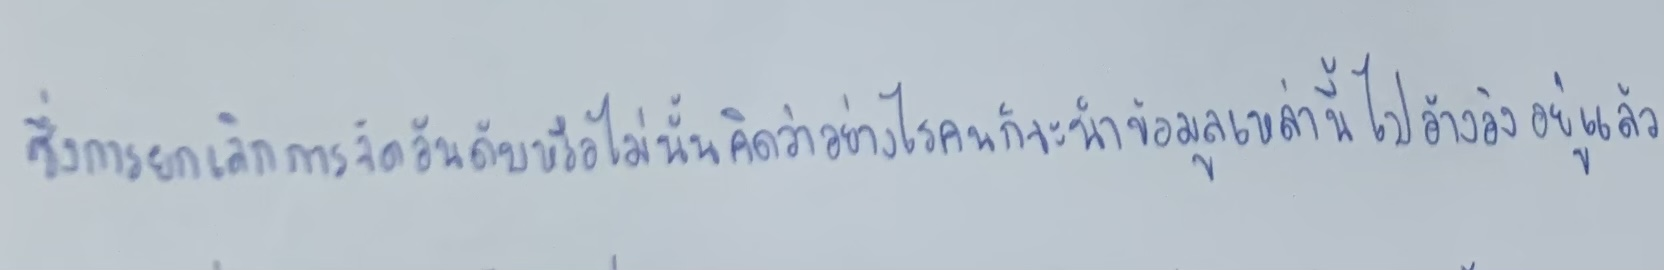
ซึ่งการยกเลิกการจัดอันดับหรือไม่นั้นคิดว่าถึงอย่างไรคนก็จะนำข้อมูลเหล่านี้ไปอ้างอิงอยู่แล้ว